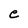
Character: e